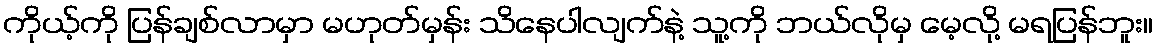
ကိုယ့်ကို ပြန်ချစ်လာမှာ မဟုတ်မှန်း သိနေပါလျက်နဲ့ သူ့ကို ဘယ်လိုမှ မေ့လို့ မရပြန်ဘူး။